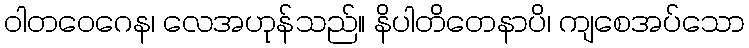
ဝါတဝေဂေန၊ လေအဟုန်သည်။ နိပါတိတေနာပိ၊ ကျစေအပ်သော